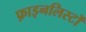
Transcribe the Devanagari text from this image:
फ़ाइनलिस्टों